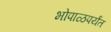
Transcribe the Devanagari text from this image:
भोपाळपर्यंत